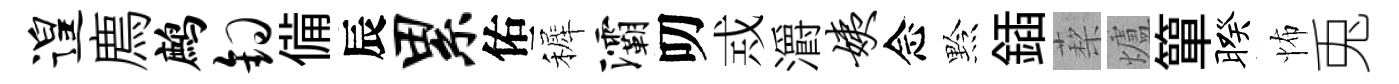
遑廌鹧钩備辰累佑裤灞叨𢦶灂姨念黔鍤蔾爐簞暌怖兎